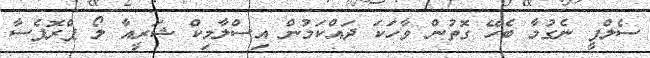
ސެލްފީ ނެގުމާ ބެހޭ ގޮތުން ވާހަކަ ދައްކަމުން އިސްލާމިކް ޝަރީއާ ލޯ ޕްރޮފެސާ